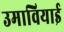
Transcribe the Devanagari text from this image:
उमावियाई